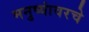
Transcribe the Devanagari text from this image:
मनुष्यांवरचे